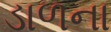
ડાળના